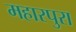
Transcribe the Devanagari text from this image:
महारपुरा